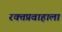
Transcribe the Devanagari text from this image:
रक्तप्रवाहाला